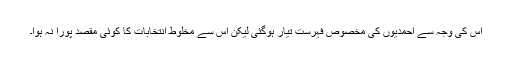
اس کی وجہ سے احمدیوں کی مخصوص فہرست تیار ہوگئی لیکن اس سے مخلوط انتخابات کا کوئی مقصد پورا نہ ہوا۔